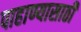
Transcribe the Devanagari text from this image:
पाहाण्यासाठी